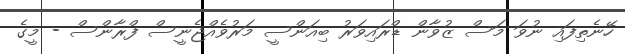
ހޭނެތިފައި ނުވަ މަސް ޒުވާން ޑްރައިވަރު ބިއަންސީ މަރުވެއްޖެނީސް ފްރާންސް - މީގެ